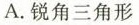
A.锐角三角形